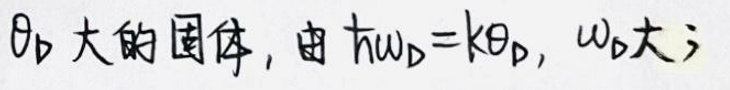
$\theta_{\text{D}}$ 大的固体, 由 $\hbar\omega_{\text{D}} = k\theta_{\text{D}}$, $\omega_{\text{D}}$ 大;